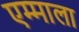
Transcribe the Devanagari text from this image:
एम्माला